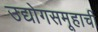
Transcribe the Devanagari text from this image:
उद्योगसमूहाचीं